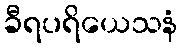
ခီရပရိယေသနံ